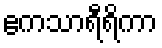
ဧကသာရီရိကာ